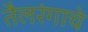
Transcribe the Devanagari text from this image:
तैलरंगाचे